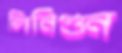
লিনিগুন